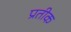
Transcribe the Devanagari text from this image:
प्रतीक